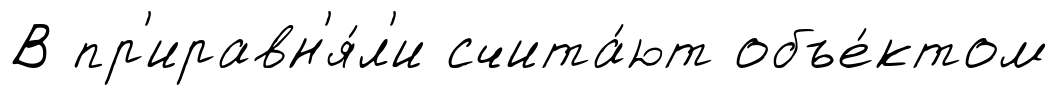
В пр'иравн'я́л'и счита́ют объе́ктом